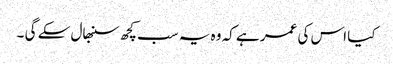
کیا اس کی عمر ہے کہ وہ یہ سب کچھ سنبھال سکے گی ۔